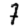
Digit: 7